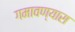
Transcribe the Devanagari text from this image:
गमावण्यास